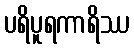
ပရိပူရကာရိဿ